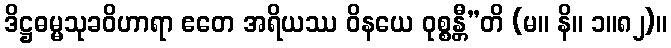
ဒိဋ္ဌဓမ္မသုခဝိဟာရာ ဧတေ အရိယဿ ဝိနယေ ဝုစ္စန္တီ”တိ (မ။ နိ။ ၁။၈၂)။